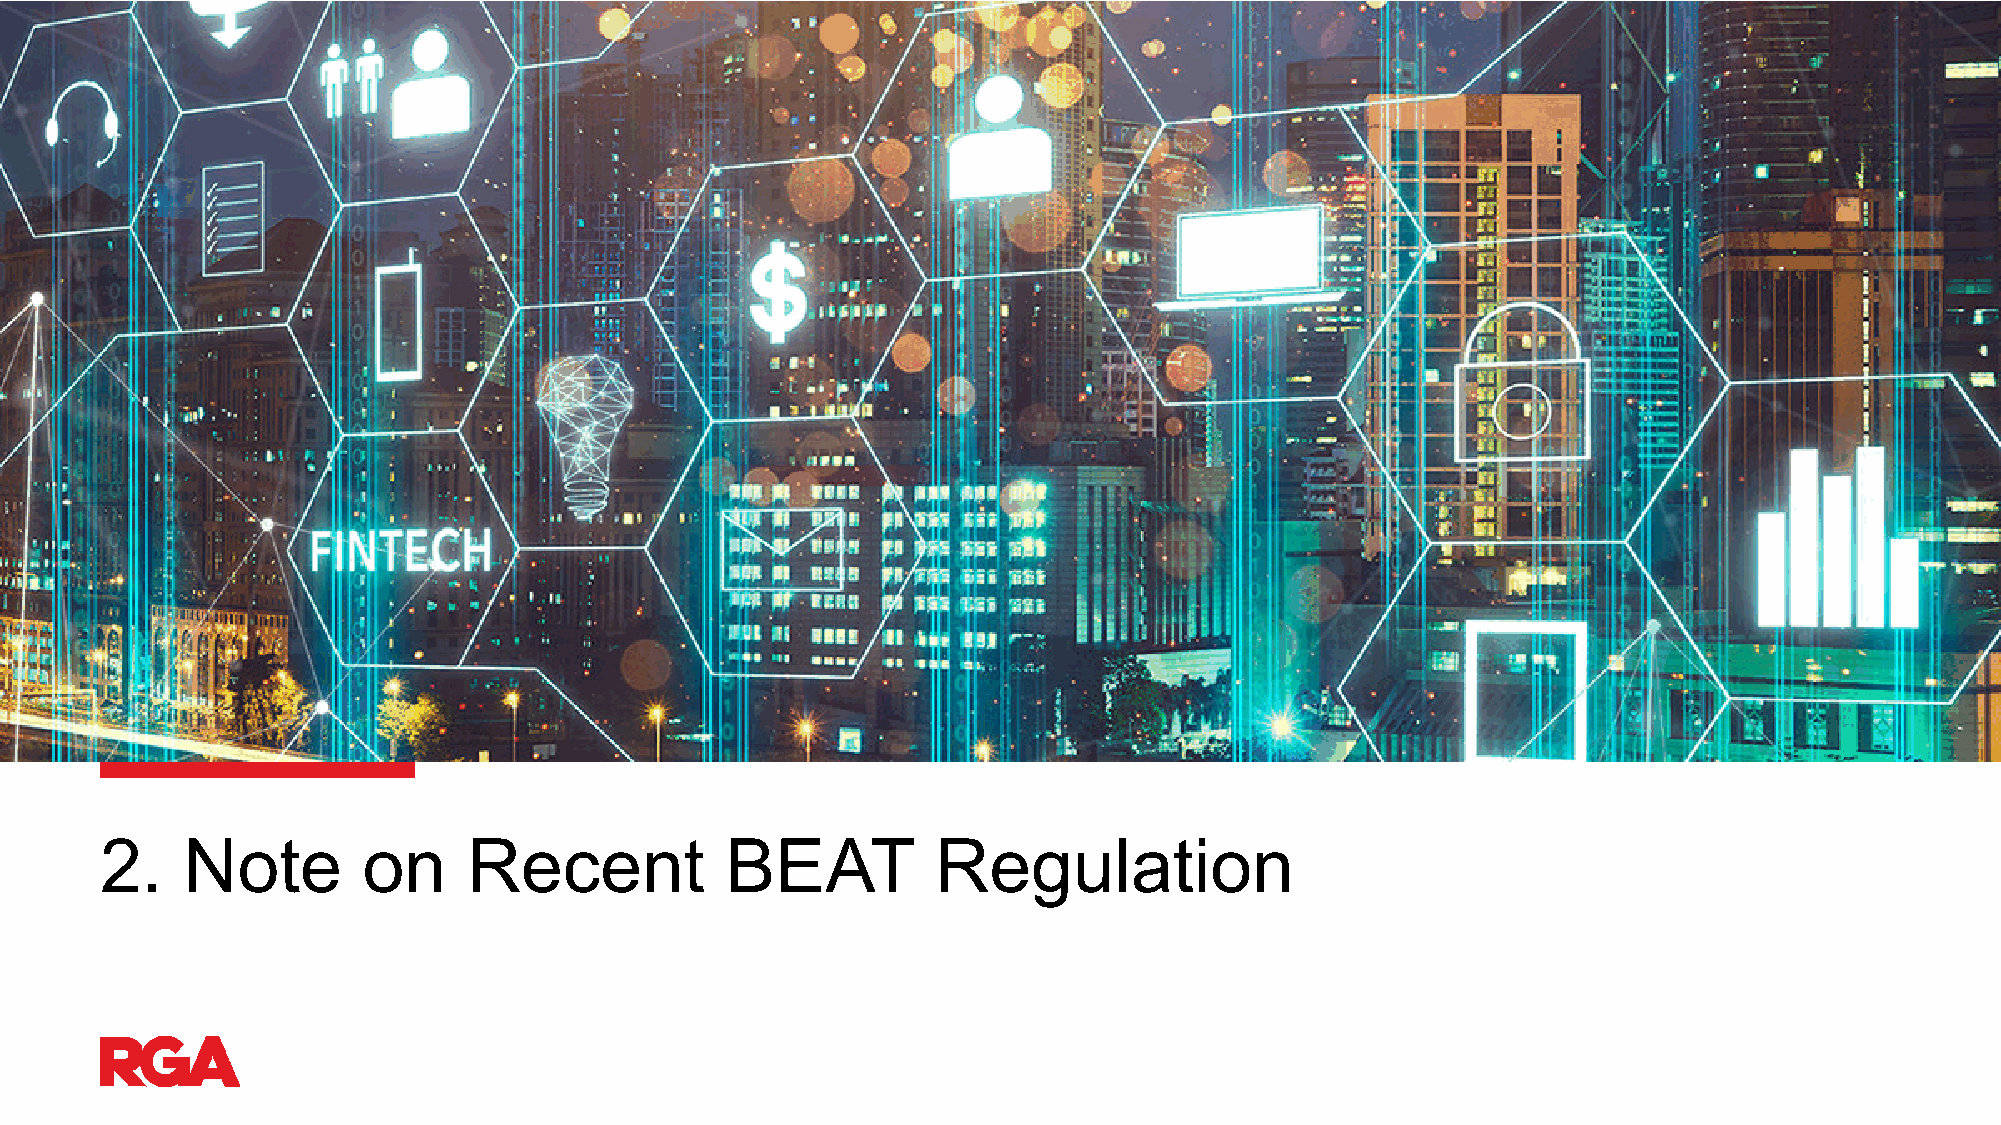
2.   Note        on     Recent           BEAT          Regulation